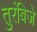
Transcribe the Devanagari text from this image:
तुरंबिजे